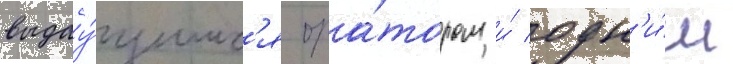
выдау́щимс'я ора́тором и́ одн'и́м